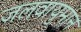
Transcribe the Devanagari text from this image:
जलवायुमान